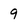
Character: 9